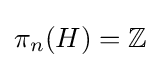
\pi _{n}(H)=\mathbb {Z}